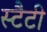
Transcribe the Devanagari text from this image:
स्टैटी